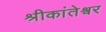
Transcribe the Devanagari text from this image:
श्रीकांतेश्वर